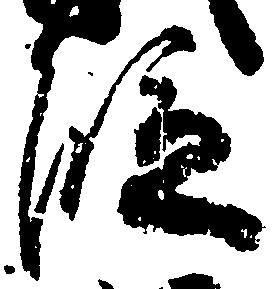
段